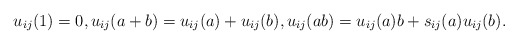
\begin{gather*}u_{ij}(1)=0, u_{ij}(a+b)=u_{ij}(a)+u_{ij}(b),u_{ij}(a b)=u_{ij}(a) b+s_{ij}(a) u_{ij}(b).\end{gather*}